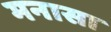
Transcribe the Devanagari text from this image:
मनासा